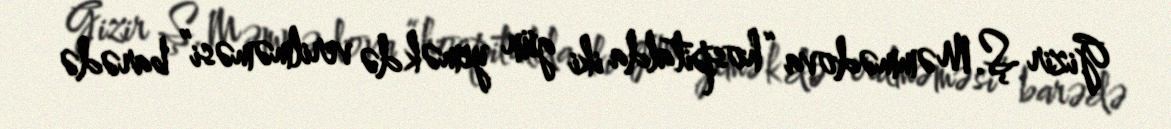
Gizir Ş.Məmmədova “hospitalda iki gün yemək də verilməməsi” barədə